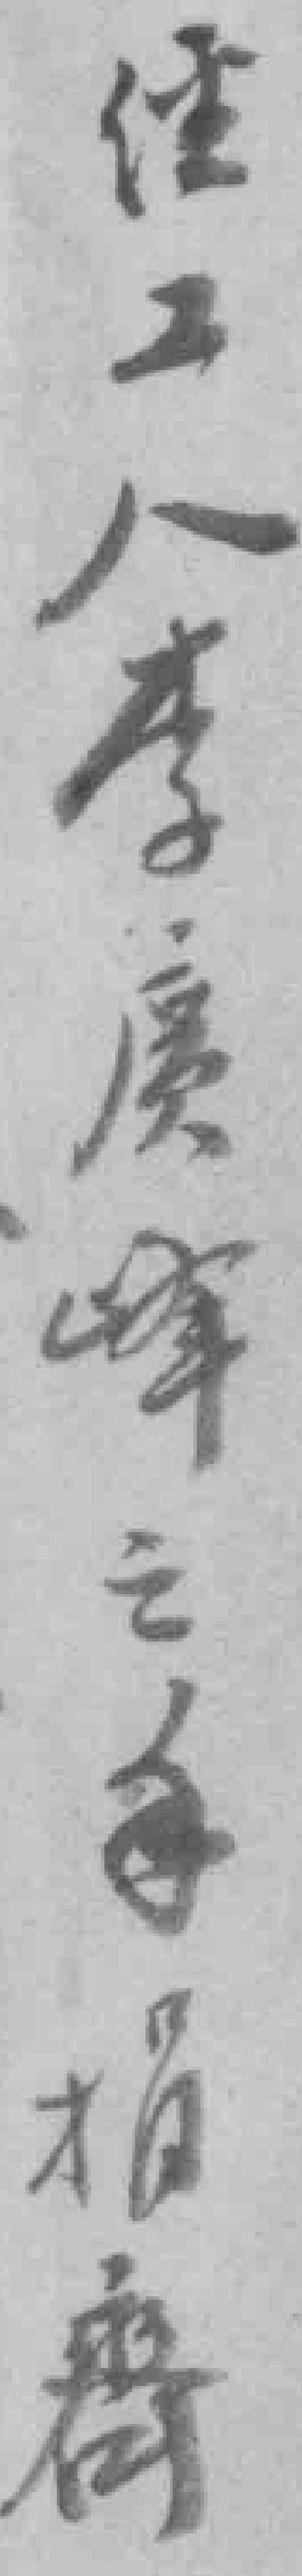
经工人李慶峰之手捐齊